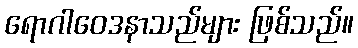
ရောဂါဝေဒနာသည်များ ဖြစ်သည်။